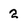
Character: 2